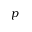
p